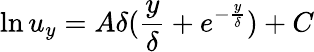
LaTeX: \ln u_{y}=A\delta(\frac{y}{\delta}+e^{-\frac{y}{\delta}})+C